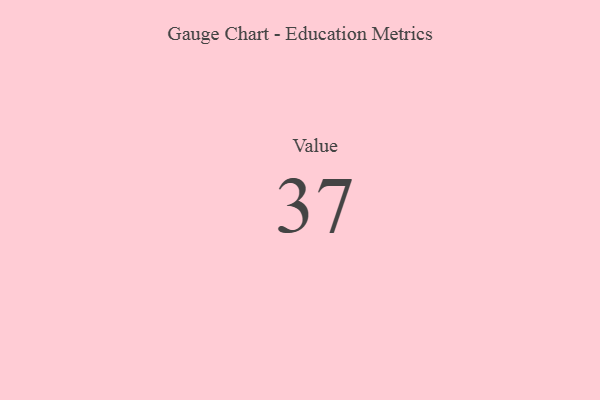
{"axis": {"x": "Metric", "y": "Value"}, "legend": [""], "data": [{"x": "Value", "y": 37, "type": ""}]}